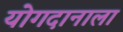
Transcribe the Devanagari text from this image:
योगदानाला